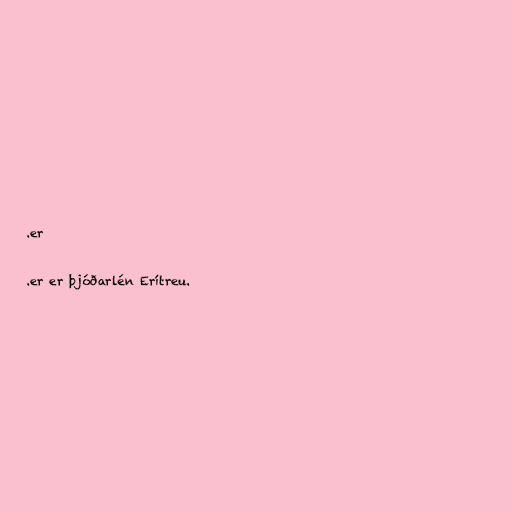
.er

.er er þjóðarlén Erítreu.